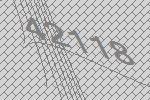
42118